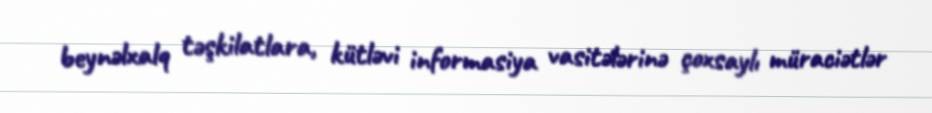
beynəlxalq təşkilatlara, kütləvi informasiya vasitələrinə çoxsaylı müraciətlər